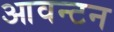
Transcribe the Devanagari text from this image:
आवन्टन